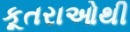
કૂતરાઓથી